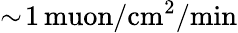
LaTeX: \sim\! 1\, \mathrm{muon}/\mathrm{cm}^{2}/\mathrm{min}